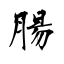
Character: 腸